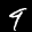
Label: 9